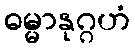
ဓမ္မာနုဂ္ဂဟံ